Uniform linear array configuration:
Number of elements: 24
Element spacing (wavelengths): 0.75
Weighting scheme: cosine
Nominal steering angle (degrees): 0
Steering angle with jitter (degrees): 0.5575
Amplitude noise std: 0.05
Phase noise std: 0.05

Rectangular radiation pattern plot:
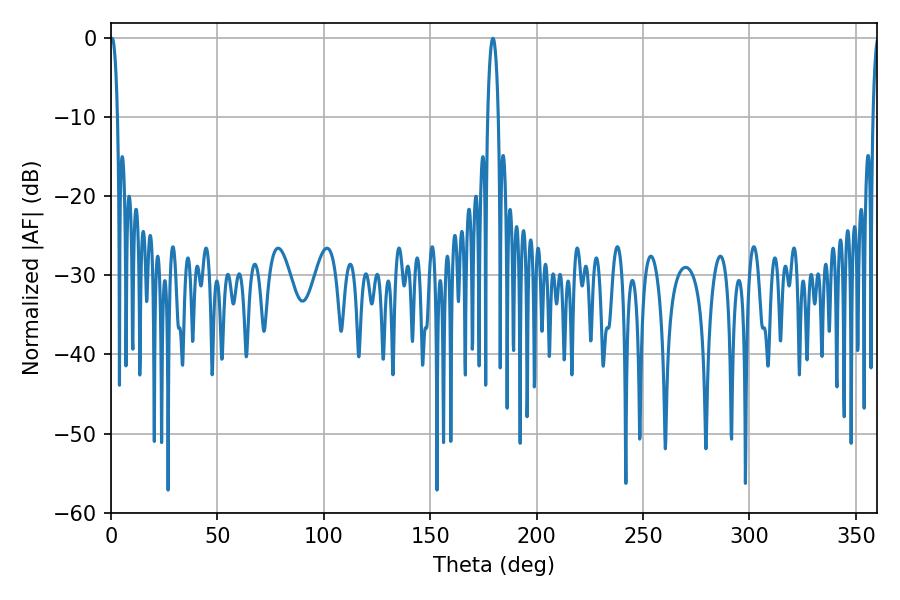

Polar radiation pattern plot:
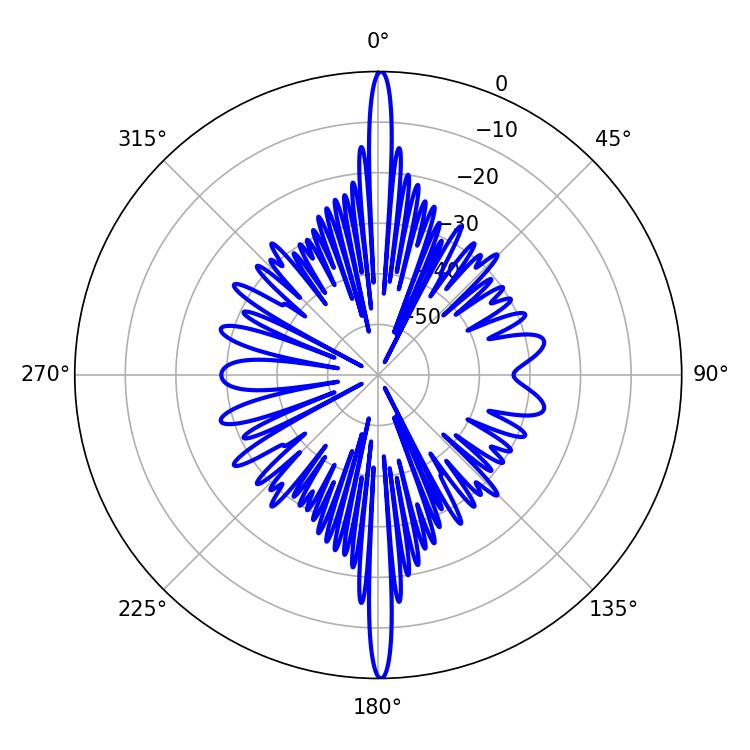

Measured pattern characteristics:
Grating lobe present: TRUE
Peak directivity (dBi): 31.784
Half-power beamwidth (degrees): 2.88
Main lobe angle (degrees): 179.46